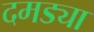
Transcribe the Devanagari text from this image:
दमड्या